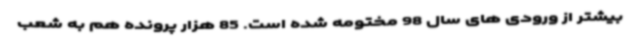
بیشتر از ورودی های سال 98 مختومه شده است. 85 هزار پرونده هم به شعب